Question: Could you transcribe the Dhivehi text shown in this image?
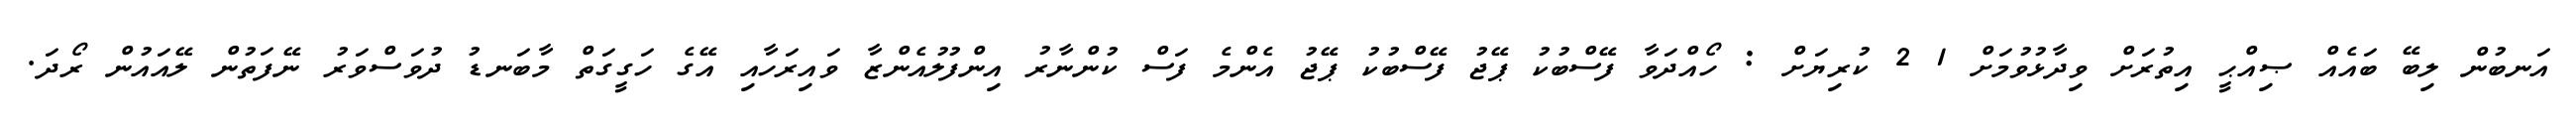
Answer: އަނބުން ލިބޭ ބައެއް ޞިއްޙީ އިތުރަށް ވިދާޅުވުމަށް 1 2 ކުރިޔަށް : ހޯއްދަވާ ފޭސްބުކު ޕޭޖު ފޭސްބުކު ޕޭޖު އެންމެ ފަސް ކުންނާރު އިންފުލުއެންޒާ ވައިރަހާއި އޭގެ ހަގީގަތް މާބަނޑު ދުވަސްވަރު ނޭފަތުން ލޭއައުން ރޯދަ.